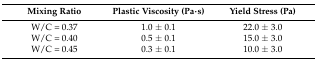
<table><thead><tr><td><b>Mixing Ratio</b></td><td><b>Plastic Viscosity (Pa·s)</b></td><td><b>Yield Stress (Pa)</b></td></tr></thead><tbody><tr><td>W/C = 0.37</td><td>1.0 ± 0.1</td><td>22.0 ± 3.0</td></tr><tr><td>W/C = 0.40</td><td>0.5 ± 0.1</td><td>15.0 ± 3.0</td></tr><tr><td>W/C = 0.45</td><td>0.3 ± 0.1</td><td>10.0 ± 3.0</td></tr></tbody></table>